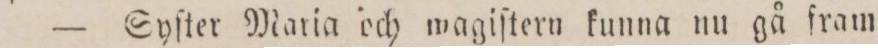
— Syſter Maria och wagiſtern kunna nu gå fram